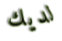
لديك